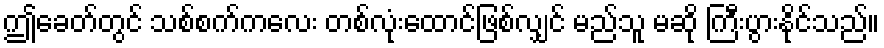
ဤခေတ်တွင် သစ်စက်ကလေး တစ်လုံးထောင်ဖြစ်လျှင် မည်သူ မဆို ကြီးပွားနိုင်သည်။